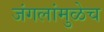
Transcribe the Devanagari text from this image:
जंगलांमुळेच